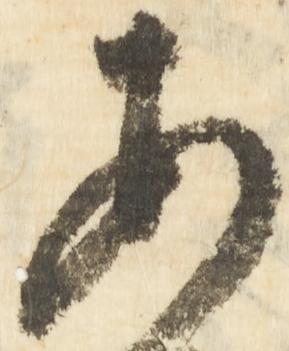
安